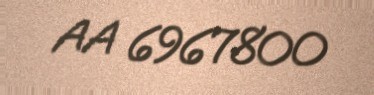
AA 6967800